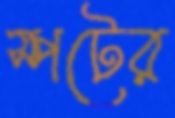
স্পটের